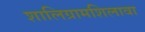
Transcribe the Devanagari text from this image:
शालिग्रामशिलावा